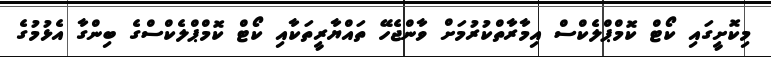
މިކޮށީގައި ކޯޓް ކޮމްޕްލެކްސް އިމާރާތްކުރުމަށް ވާންޖެހޭ ތައްޔާރީތަކާއި ކޯޓް ކޮމްޕްލެކްސްގެ ބިންގާ އެޅުމުގެ